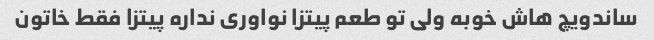
ساندویچ هاش خوبه ولی تو طعم پیتزا نواوری نداره پیتزا فقط خاتون